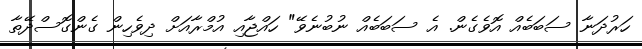
ހަރުދަނާ ސަބަބެއް އޮވެގެން. އެ ސަބަބެއް ނުބުނެވޭ" ހައްޖާއި އުމްރާއަށް ދިވެހިން ގެންގޮސްދޭތާ